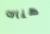
هناك